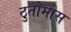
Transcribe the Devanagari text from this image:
ठुतोमोस